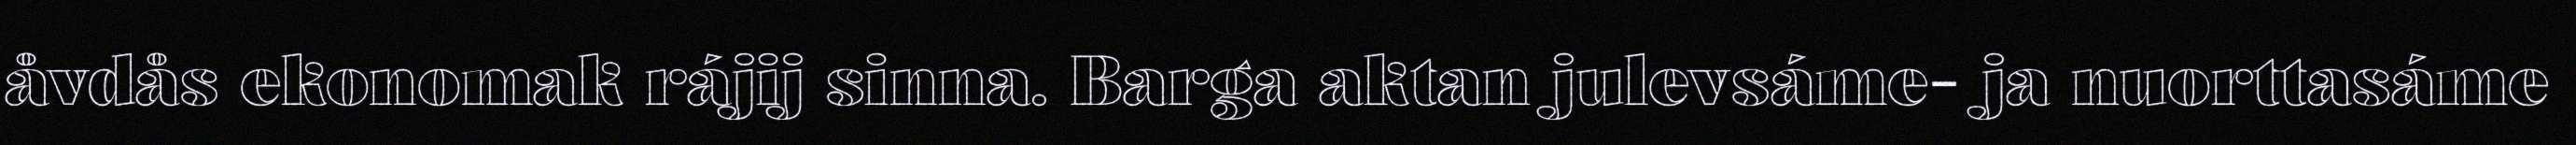
åvdås ekonomak rájij sinna. Barga aktan julevsáme- ja nuorttasáme